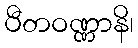
ပီတဝဏ္ဏာနိ၊